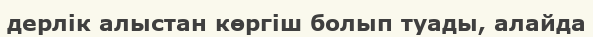
дерлік алыстан көргіш болып туады, алайда